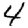
Digit: 4